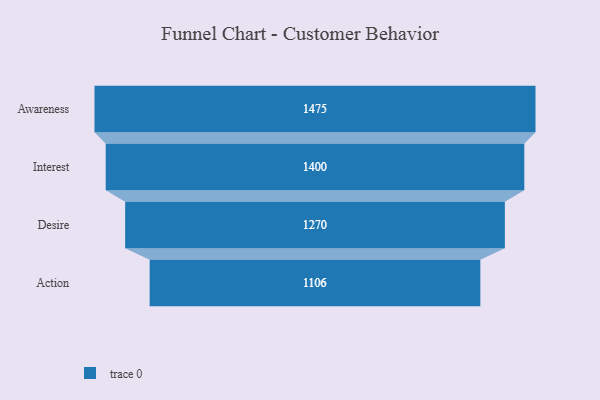
{"axis": {"x": "Stage", "y": "Value"}, "legend": [""], "data": [{"x": "Awareness", "y": 1475.0, "type": ""}, {"x": "Interest", "y": 1400.0, "type": ""}, {"x": "Desire", "y": 1270.0, "type": ""}, {"x": "Action", "y": 1106.0, "type": ""}]}